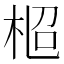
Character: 𣑌